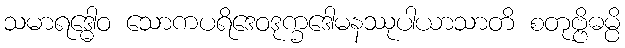
သမာရဒ္ဓေါဝ သောကပရိဒေဝဒုက္ခဒေါမနဿုပါယာသာတိ စတုဗ္ဗိဓမ္ပိ